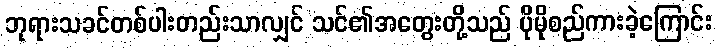
ဘုရားသခင်တစ်ပါးတည်းသာလျှင် သင်၏အတွေးတို့သည် ပိုမိုစည်ကားခဲ့ကြောင်း